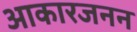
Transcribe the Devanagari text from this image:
आकारजनन